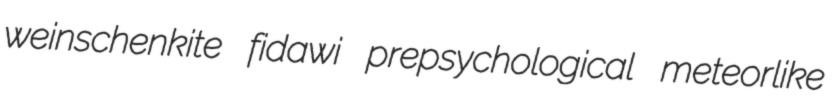
weinschenkite fidawi prepsychological meteorlike